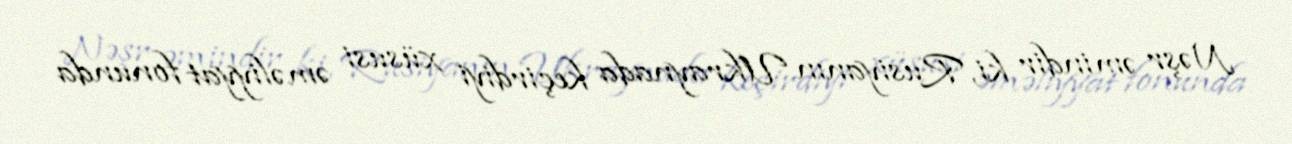
Nəşr əmindir ki, Rusiyanın Ukraynada keçirdiyi xüsusi əməliyyat fonunda